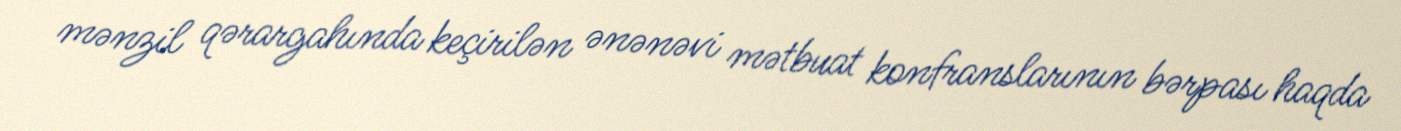
mənzil qərargahında keçirilən ənənəvi mətbuat konfranslarının bərpası haqda